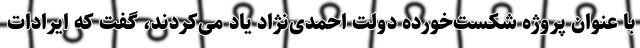
با عنوان پروژه شکست‌خورده دولت احمدی‌نژاد یاد می‌کردند، گفت که ایرادات